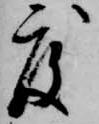
度